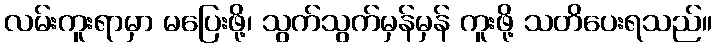
လမ်းကူးရာမှာ မပြေးဖို့၊ သွက်သွက်မှန်မှန် ကူးဖို့ သတိပေးရသည်။